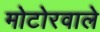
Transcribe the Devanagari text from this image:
मोटोरवाले